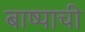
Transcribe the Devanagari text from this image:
बाष्पाची